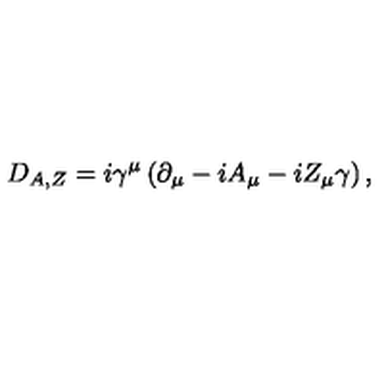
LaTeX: D _ { A , Z } = i \gamma ^ { \mu } \left( \partial _ { \mu } - i A _ { \mu } - i Z _ { \mu } \gamma \right) ,